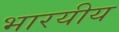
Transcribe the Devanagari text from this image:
भारयीय